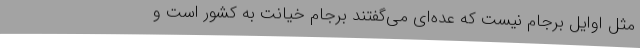
مثل اوایل برجام نیست که عده‌ای می‌گفتند برجام خیانت به کشور است و